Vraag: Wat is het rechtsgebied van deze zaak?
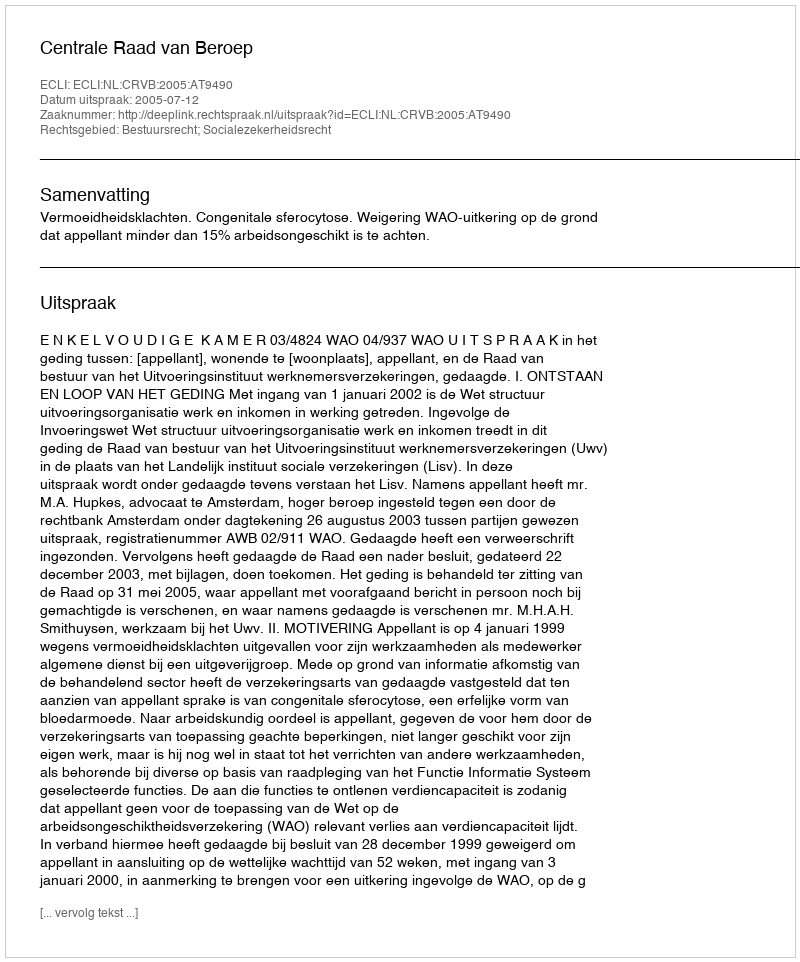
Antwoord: Bestuursrecht; Socialezekerheidsrecht